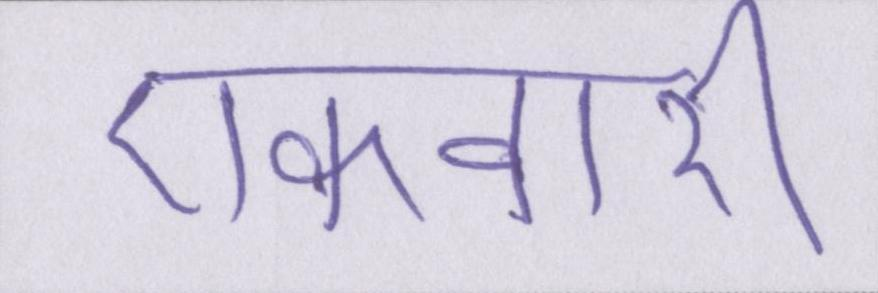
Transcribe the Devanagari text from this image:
एकवारी